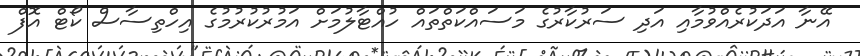
އޭނާ އަދަކުރެއްވުމާއި އަދި ސަރުކާރުގެ މަސައްކަތްތައް ހުއްޓާލުމަށް އަމުރުކުރުމުގެ އިހްތިސާސް ކޯޓް އޮފް